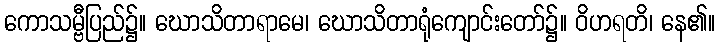
ကောသမ္ဗီပြည်၌။ ဃောသိတာရာမေ၊ ဃောသိတာရုံကျောင်းတော်၌။ ဝိဟရတိ၊ နေ၏။